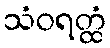
သံဝရတ္ထံ